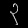
Digit: ၃